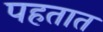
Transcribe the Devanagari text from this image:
पहतात